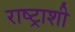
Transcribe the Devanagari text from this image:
राष्ट्राशी